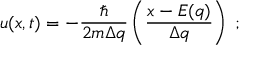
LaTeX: u ( x , t ) = - \frac { \hbar } { 2 m \Delta q } \left( \frac { x - E ( q ) } { \Delta q } \right) \; ;